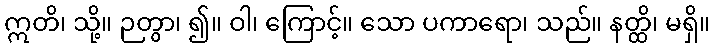
ဣတိ၊ သို့။ ဉတွာ၊ ၍။ ဝါ၊ ကြောင့်။ သော ပကာရော၊ သည်။ နတ္ထိ၊ မရှိ။